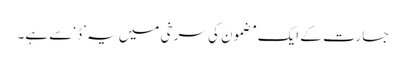
جسارت کے ایک مضمون کی سرخی میں یہ ’ڈ‘ سے ہے۔